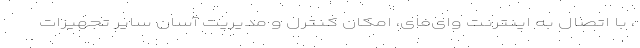
، با اتصال به اینترنت وای‌فای، امکان کنترل و مدیریت آسان سایر تجهیزات